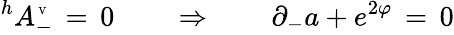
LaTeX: ^hA_{-}^{\mathrm{\tiny~V}}\, =\, 0\qquad\Rightarrow\qquad\partial_{-}a+e^{2\varphi}\, =\, 0